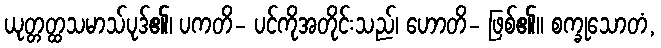
ယုတ္တတ္ထသမာသ်ပုဒ်၏၊ ပကတိ- ပင်ကိုအတိုင်းသည်၊ ဟောတိ- ဖြစ်၏။ စက္ခုသောတံ,